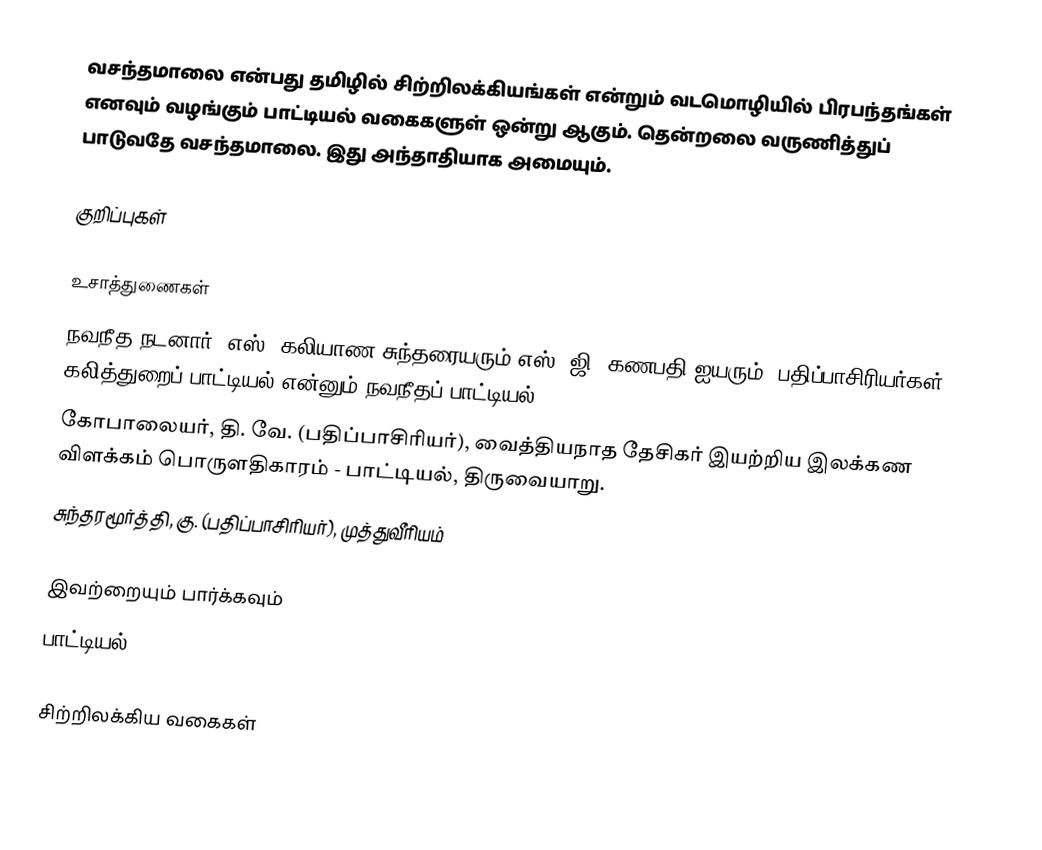
வசந்தமாலை என்பது தமிழில் சிற்றிலக்கியங்கள் என்றும் வடமொழியில் பிரபந்தங்கள் எனவும் வழங்கும் பாட்டியல் வகைகளுள் ஒன்று ஆகும். தென்றலை வருணித்துப் பாடுவதே வசந்தமாலை. இது அந்தாதியாக அமையும்.

குறிப்புகள்

உசாத்துணைகள்
 நவநீத நடனார், எஸ். கலியாண சுந்தரையரும் எஸ், ஜி. கணபதி ஐயரும் (பதிப்பாசிரியர்கள்), கலித்துறைப் பாட்டியல் என்னும் நவநீதப் பாட்டியல்
 கோபாலையர், தி. வே. (பதிப்பாசிரியர்), வைத்தியநாத தேசிகர் இயற்றிய இலக்கண விளக்கம் பொருளதிகாரம் - பாட்டியல், திருவையாறு.
 சுந்தரமூர்த்தி, கு. (பதிப்பாசிரியர்), முத்துவீரியம்

இவற்றையும் பார்க்கவும்
 பாட்டியல்

சிற்றிலக்கிய வகைகள்